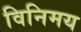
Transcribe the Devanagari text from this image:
विनिमय